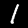
Digit: 1